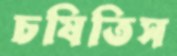
চষিতিস